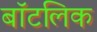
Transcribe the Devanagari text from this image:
बॉटलिक